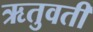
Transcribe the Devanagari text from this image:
ऋतुवती